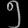
Digit: ၅